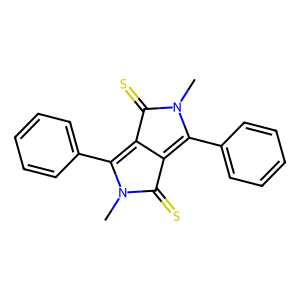
SMILES: CN1C(=S)C2=C(c3ccccc3)N(C)C(=S)C2=C1c1ccccc1
Inhibits HIV replication: Yes